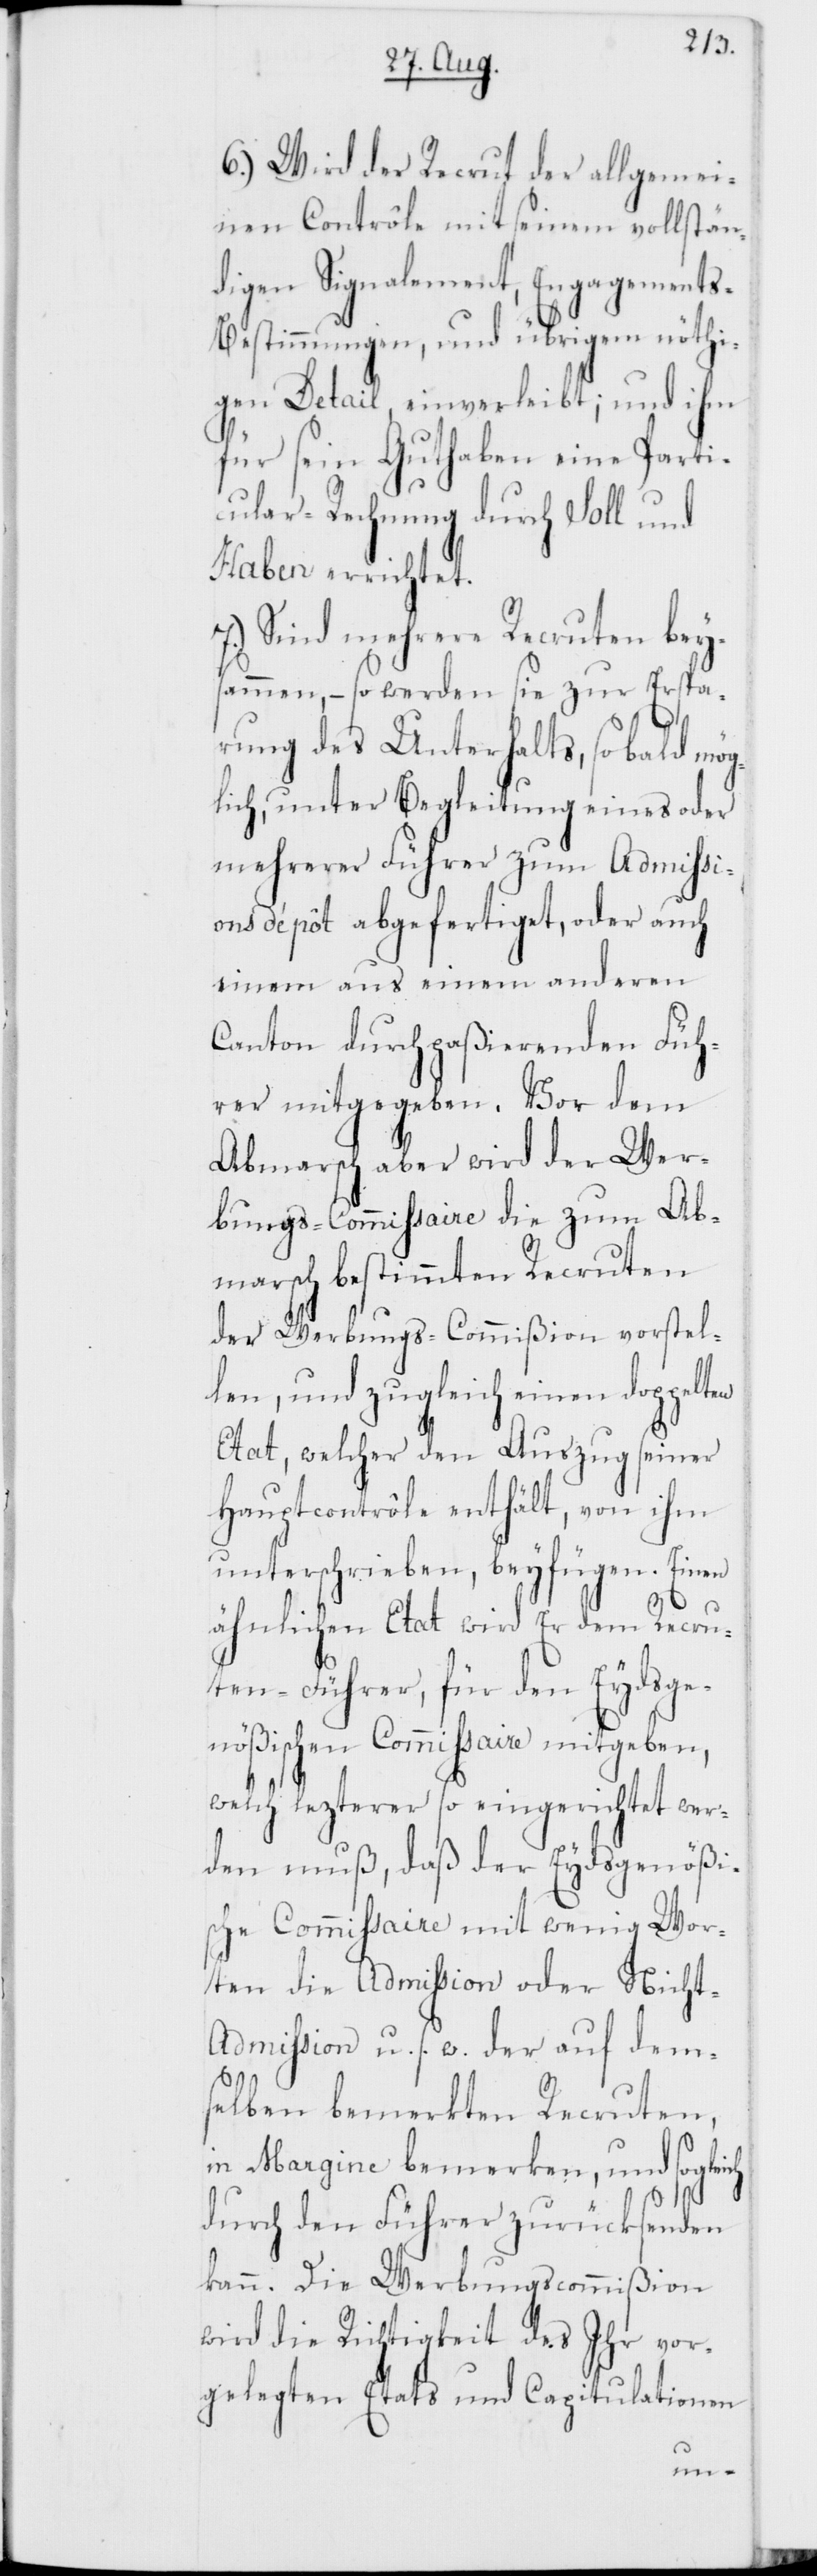
6.) Wird der Recrut der allgemei¬
nen Contrôle mit seinem vollstän¬
digen Signalement, Engagement¬
s-Bestimmungen, und übrigem nöthi¬
gen Detail, einverleibt; und ihm
für sein Guthaben eine Parti¬
cular-Rechnung durch Soll und
Haben errichtet.
7.) Sind mehrere Recruten bey¬
sammen, – so werden sie zur Erspa¬
rung des Unterhalts, so bald mö¬
glich unter Begleitung eines oder
mehrerer Führer zum Admissi¬
ons-Dépôt abgefertiget, oder auch
einem aus einem anderen
Canton durchpaßierenden Füh¬
rer mitgegeben. Vor dem
Abmarsch aber wird der Wer¬
bungs-Commissaire die zum Ab¬
marsch bestimmten Recruten
der Werbungs-Commißion vorstel¬
len, und zugleich einen doppelten
Etat, welcher den Auszug seiner
Hauptcontrôle enthält, von ihm
unterschrieben, beyfügen. Einen
ähnlichen Etat wird Er dem Recru¬
ten-Führer, für den Eydsge¬
nößischen Commissaire mitgeben,
welch lezterer so eingerichtet wer¬
den muß, daß der Eydsgenößi¬
sche Commissaire mit wenig Wor¬
ten die Admission oder Nicht-A¬
dmission u. s. w. der auf dem¬
selben bemerkten Recruten,
in Margine bemerken, und sogleich
durch den Führer zurücksenden
kann. Die Werbungscommißion
wird die Richtigkeit des Ihr vor¬
gelegten Etats und Capitulationen